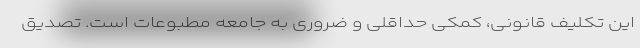
این تکلیف قانونی، کمکی حداقلی و ضروری به جامعه مطبوعات است. تصدیق